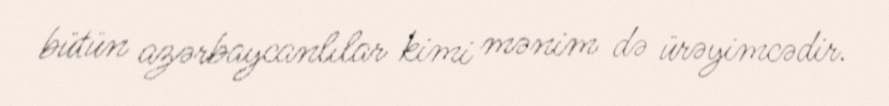
bütün azərbaycanlılar kimi mənim də ürəyimcədir.